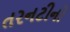
તરનટીનો